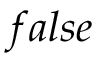
f a l s e